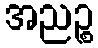
အညဉ္စ